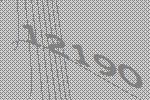
12190